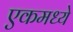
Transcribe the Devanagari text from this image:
एकमध्ये